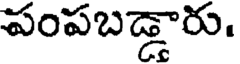
పంపబడ్డారు.